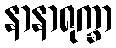
နာနာရုက္ခာ